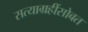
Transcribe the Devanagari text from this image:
सत्याग्रहींसोबत